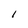
Character: 1